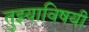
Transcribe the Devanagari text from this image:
तुझ्याविषयी